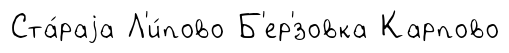
Ста́раjа Л'и́пово Б'ер'́зовка Карпово